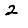
Digit: 2